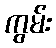
ကွမ်း